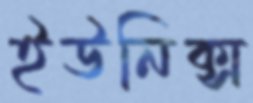
ইউনিক্স